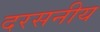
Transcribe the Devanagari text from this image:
दरसनीय